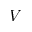
V